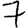
Digit: 7